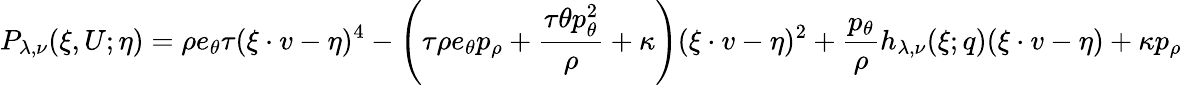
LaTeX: P_{\lambda,\nu}(\xi,U;\eta)=\rho e_{\theta}\tau(\xi\cdot v-\eta)^{4}-\left(\tau\rho e_{\theta}p_{\rho}+\frac{\tau\theta p_{\theta}^{2}}{\rho}+\kappa\right)(\xi\cdot v-\eta)^{2}+\frac{p_{\theta}}{\rho}h_{\lambda,\nu}(\xi;q)(\xi\cdot v-\eta)+\kappa p_{\rho}